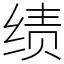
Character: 绩